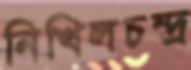
নিখিলচন্দ্র